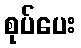
စုပ်ပေး